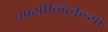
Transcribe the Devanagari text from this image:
आयोजिलेल्या